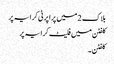
بلاک 2 میں پراپرٹی کرایہ پر
کلفٹن میں فلیٹ کرایہ پر
کلفٹن ۔